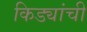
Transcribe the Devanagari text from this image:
किड्यांची